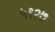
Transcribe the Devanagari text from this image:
५९२७